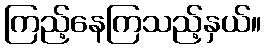
ကြည့်နေကြသည့်နှယ်။